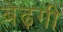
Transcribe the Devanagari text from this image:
बेढ़गी